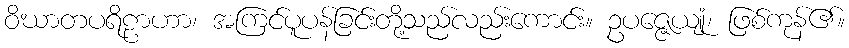
ဝိဃာတပရိဠာဟာ၊ အကြင်ပူပန်ခြင်းတို့သည်လည်းကောင်း။ ဥပဇ္ဇေယျုံ၊ ဖြစ်ကုန်၏။